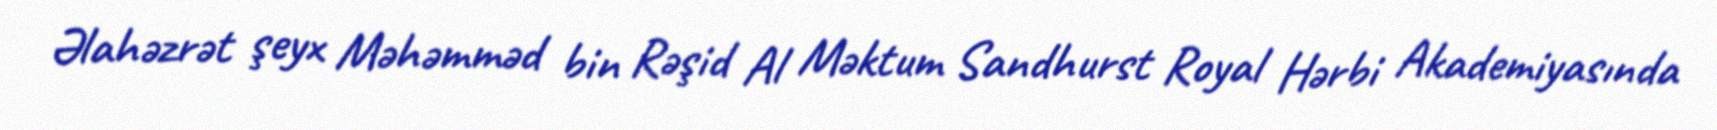
Əlahəzrət şeyx Məhəmməd bin Rəşid Al Məktum Sandhurst Royal Hərbi Akademiyasında